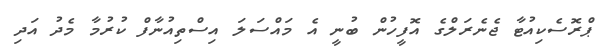
ޕްރޮސެކިއުޓާ ޖެނެރަލްގެ އޮފީހުން ބުނީ އެ މައްސަލަ އިސްތިއުނާފް ކުރުމާ މެދު އަދި